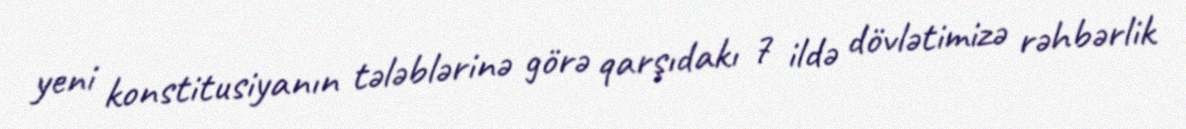
yeni konstitusiyanın tələblərinə görə qarşıdakı 7 ildə dövlətimizə rəhbərlik